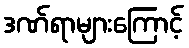
ဒဏ်ရာများကြောင့်